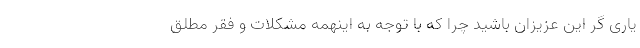
یاری گر این عزیزان باشید چرا که با توجه به اینهمه مشکلات و فقر مطلق